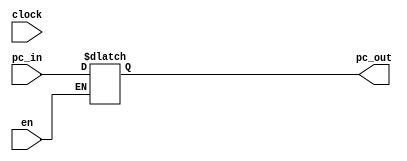
module PC(clock, pc_in, pc_out, en);
	
	input clock, en;
	input [11:0] pc_in;
	output reg [11:0] pc_out;

	initial begin
		pc_out = 0;
	end


	always @(pc_in) begin
		
		if(en == 1) begin
			pc_out = pc_in;
		end
	end

endmodule